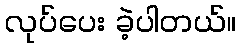
လုပ်ပေး ခဲ့ပါတယ်။